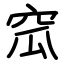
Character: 窊